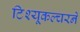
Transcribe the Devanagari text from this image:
टिश्यू्कल्चरने